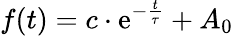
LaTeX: f(t)=c\cdot\mathrm{e}^{-\frac{{t}}{{\tau}}}+A_{0}